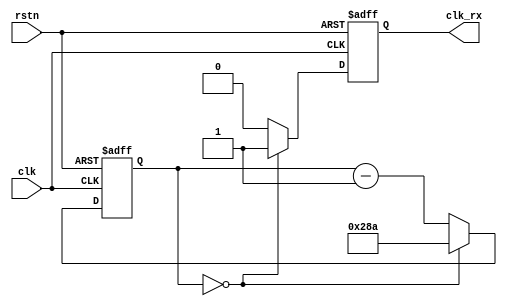
module DIV_RX_CLK(
    input clk,   //100MHz
    input rstn,
    output reg clk_rx   //16*9600HZ
    );
    parameter TICKS_PER_BIT = 651; //100M/(16*9600) approx 651
    reg [9:0] cnt;

    always @(posedge clk, negedge rstn) begin
        if(!rstn)begin
            clk_rx <= 0;
            cnt <= TICKS_PER_BIT - 1;
        end
        else begin
            if(cnt == 10'd0) begin
                cnt <= TICKS_PER_BIT - 1;
                clk_rx <= 1;
            end
            else begin
                cnt <= cnt - 1;
                clk_rx <= 0;
            end
        end
    end

endmodule